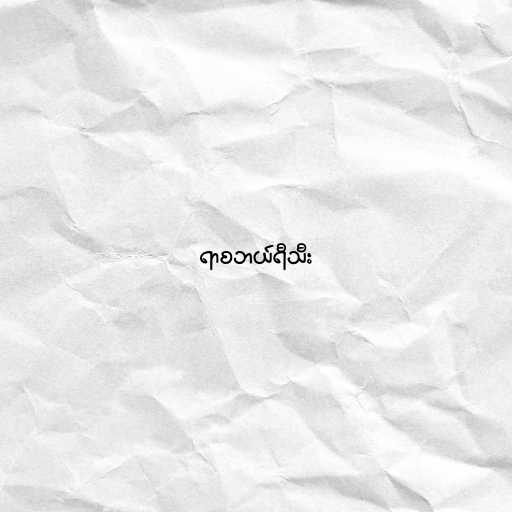
ရာစဘယ်ရီသီး